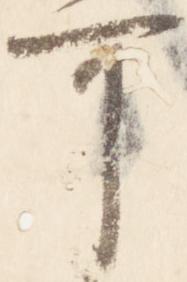
可